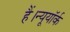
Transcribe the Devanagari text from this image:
हैं।न्यूयॉर्क